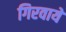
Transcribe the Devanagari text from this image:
गिरवायें